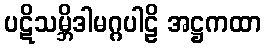
ပဋိသမ္ဘိဒါမဂ္ဂပါဠိ အဋ္ဌကထာ